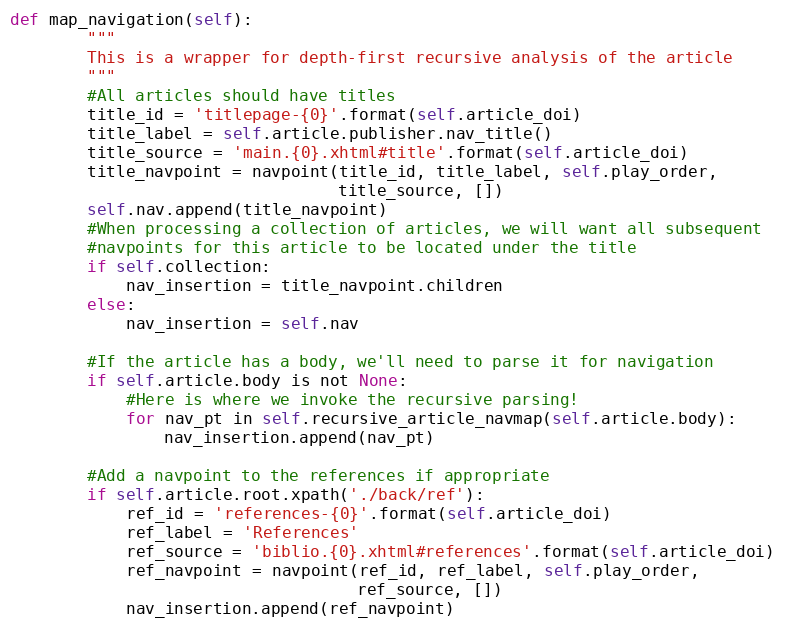
Language: Python
def map_navigation(self):
        """
        This is a wrapper for depth-first recursive analysis of the article
        """
        #All articles should have titles
        title_id = 'titlepage-{0}'.format(self.article_doi)
        title_label = self.article.publisher.nav_title()
        title_source = 'main.{0}.xhtml#title'.format(self.article_doi)
        title_navpoint = navpoint(title_id, title_label, self.play_order,
                                  title_source, [])
        self.nav.append(title_navpoint)
        #When processing a collection of articles, we will want all subsequent
        #navpoints for this article to be located under the title
        if self.collection:
            nav_insertion = title_navpoint.children
        else:
            nav_insertion = self.nav

        #If the article has a body, we'll need to parse it for navigation
        if self.article.body is not None:
            #Here is where we invoke the recursive parsing!
            for nav_pt in self.recursive_article_navmap(self.article.body):
                nav_insertion.append(nav_pt)

        #Add a navpoint to the references if appropriate
        if self.article.root.xpath('./back/ref'):
            ref_id = 'references-{0}'.format(self.article_doi)
            ref_label = 'References'
            ref_source = 'biblio.{0}.xhtml#references'.format(self.article_doi)
            ref_navpoint = navpoint(ref_id, ref_label, self.play_order,
                                    ref_source, [])
            nav_insertion.append(ref_navpoint)